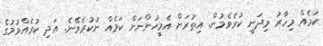
ކަމެއް މިހާރު މިދަނީ ކުރެވެމުން. އިތުރަށް އެމީހުންނަށް ކަމެއް ނުކުރެވޭނެ. އަދި ކުރެއްވުމުގެ